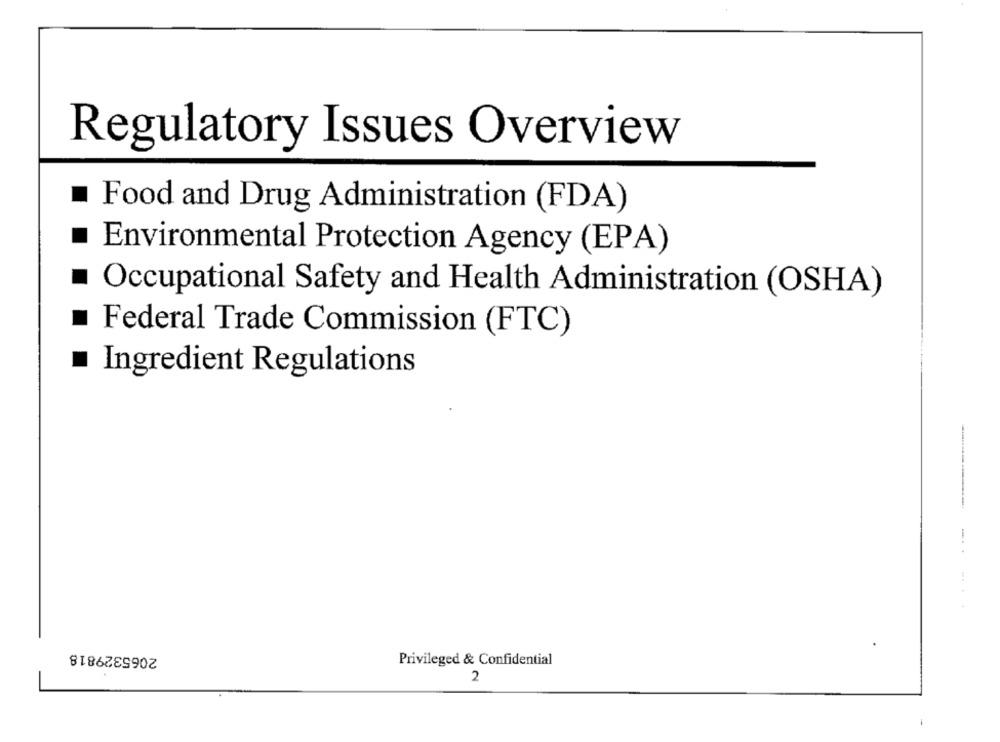
Regulatory Issues Overview
Food and Drug Administration (FDA)
Environmental Protection Agency (EPA)
Occupational Safety and Health Administration (OSHA)
Federal Trade Commission (FTC)
Ingredient Regulations
2065329818
Privileged & Confidential
2